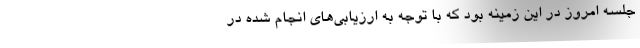
جلسه امروز در این زمینه بود که با توجه به ارزیابی‌های انجام شده در